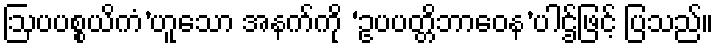
ဩပပစ္စယိကံ’ဟူသော အနက်ကို ‘ဥပပတ္တိဘာဝေန’ပါဌ်ဖြင့် ပြသည်။